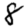
Digit: 8